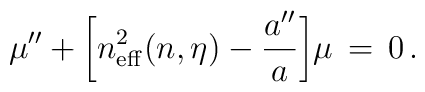
\mu '' + \biggl[n_{\rm eff}^2(n,\eta ) - {{a''} \over a}\biggr]\mu \, = \, 0 \, .